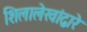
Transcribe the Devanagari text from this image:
शिलालेखांद्वारे